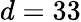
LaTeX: d=33